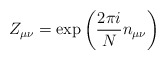
\begin{align*}Z_{\mu\nu}=\exp\left(\frac{2\pi i}{N}n_{\mu\nu}\right)\end{align*}